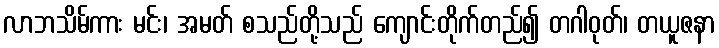
လာဘသိမ်ကား မင်း၊ အမတ် စသည်တို့သည် ကျောင်းတိုက်တည်၍ တဂါဝုတ်၊ တယူဇနာ